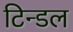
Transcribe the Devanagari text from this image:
टिन्डल